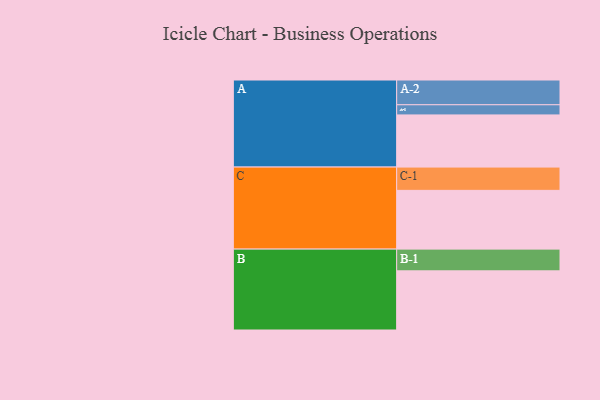
{"axis": {"x": "Segment", "y": "Value"}, "legend": ["", "A", "B", "C"], "data": [{"x": "A", "y": 497, "type": ""}, {"x": "B", "y": 564, "type": ""}, {"x": "C", "y": 560, "type": ""}, {"x": "A-1", "y": 97, "type": "A"}, {"x": "A-2", "y": 236, "type": "A"}, {"x": "B-1", "y": 207, "type": "B"}, {"x": "C-1", "y": 222, "type": "C"}]}